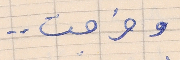
وخرجت . .